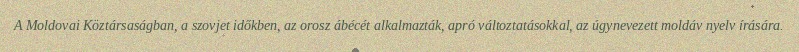
A Moldovai Köztársaságban, a szovjet időkben, az orosz ábécét alkalmazták, apró változtatásokkal, az úgynevezett moldáv nyelv írására.